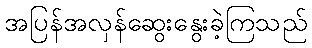
အပြန်အလှန်ဆွေးနွေးခဲ့ကြသည်